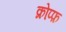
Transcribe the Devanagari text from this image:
क्रोप्फ़